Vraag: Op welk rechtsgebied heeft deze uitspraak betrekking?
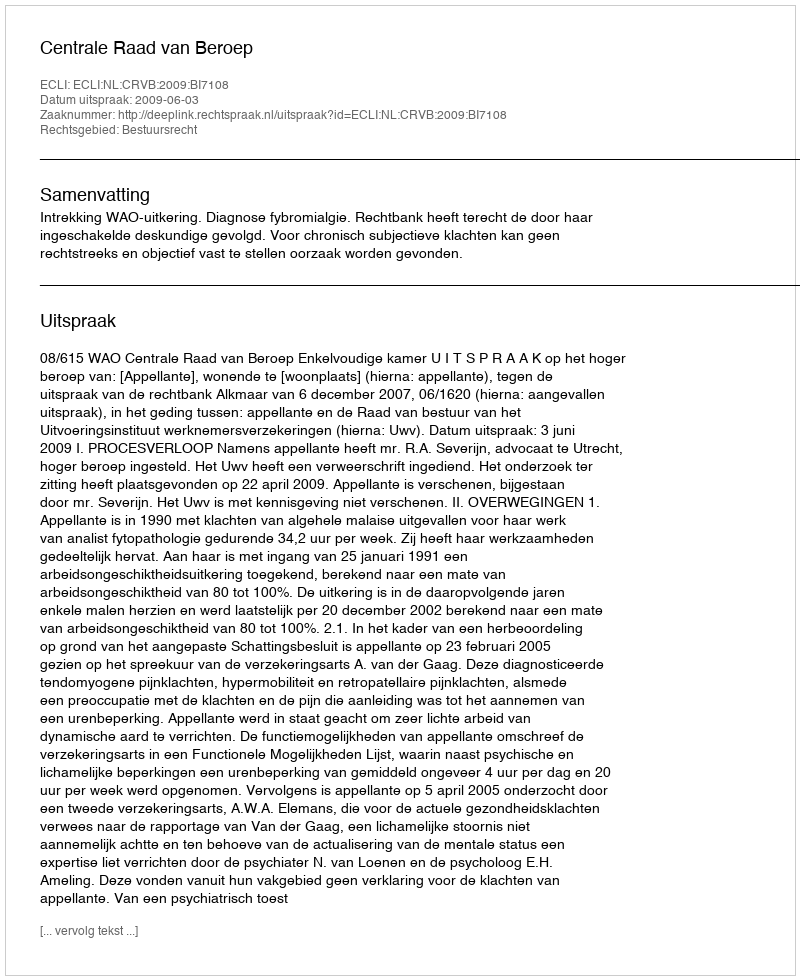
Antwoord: Bestuursrecht